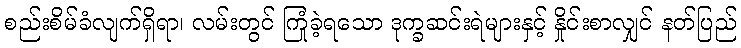
စည်းစိမ်ခံလျက်ရှိရာ၊ လမ်းတွင် ကြုံခဲ့ရသော ဒုက္ခဆင်းရဲများနှင့် နှိုင်းစာလျှင် နတ်ပြည်